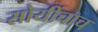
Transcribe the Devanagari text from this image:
सोयींचाच